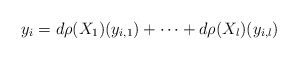
\begin{align*} y_i=d\rho(X_1)(y_{i,1}) + \dots + d\rho(X_l)(y_{i,l})\end{align*}